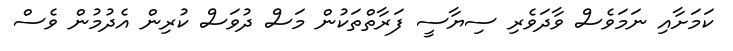
ކަމަށާއި ނަމަވެސް ވާދަވެރި ސިޔާސީ ފަރާތްތަކުން މަސް ދުވަސް ކުރިން އެދުމުން ވެސް